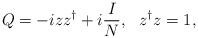
LaTeX: \begin{align*}Q=-iz z^\dagger+i\frac{I}{N},~~ z^\dagger z=1,\end{align*}